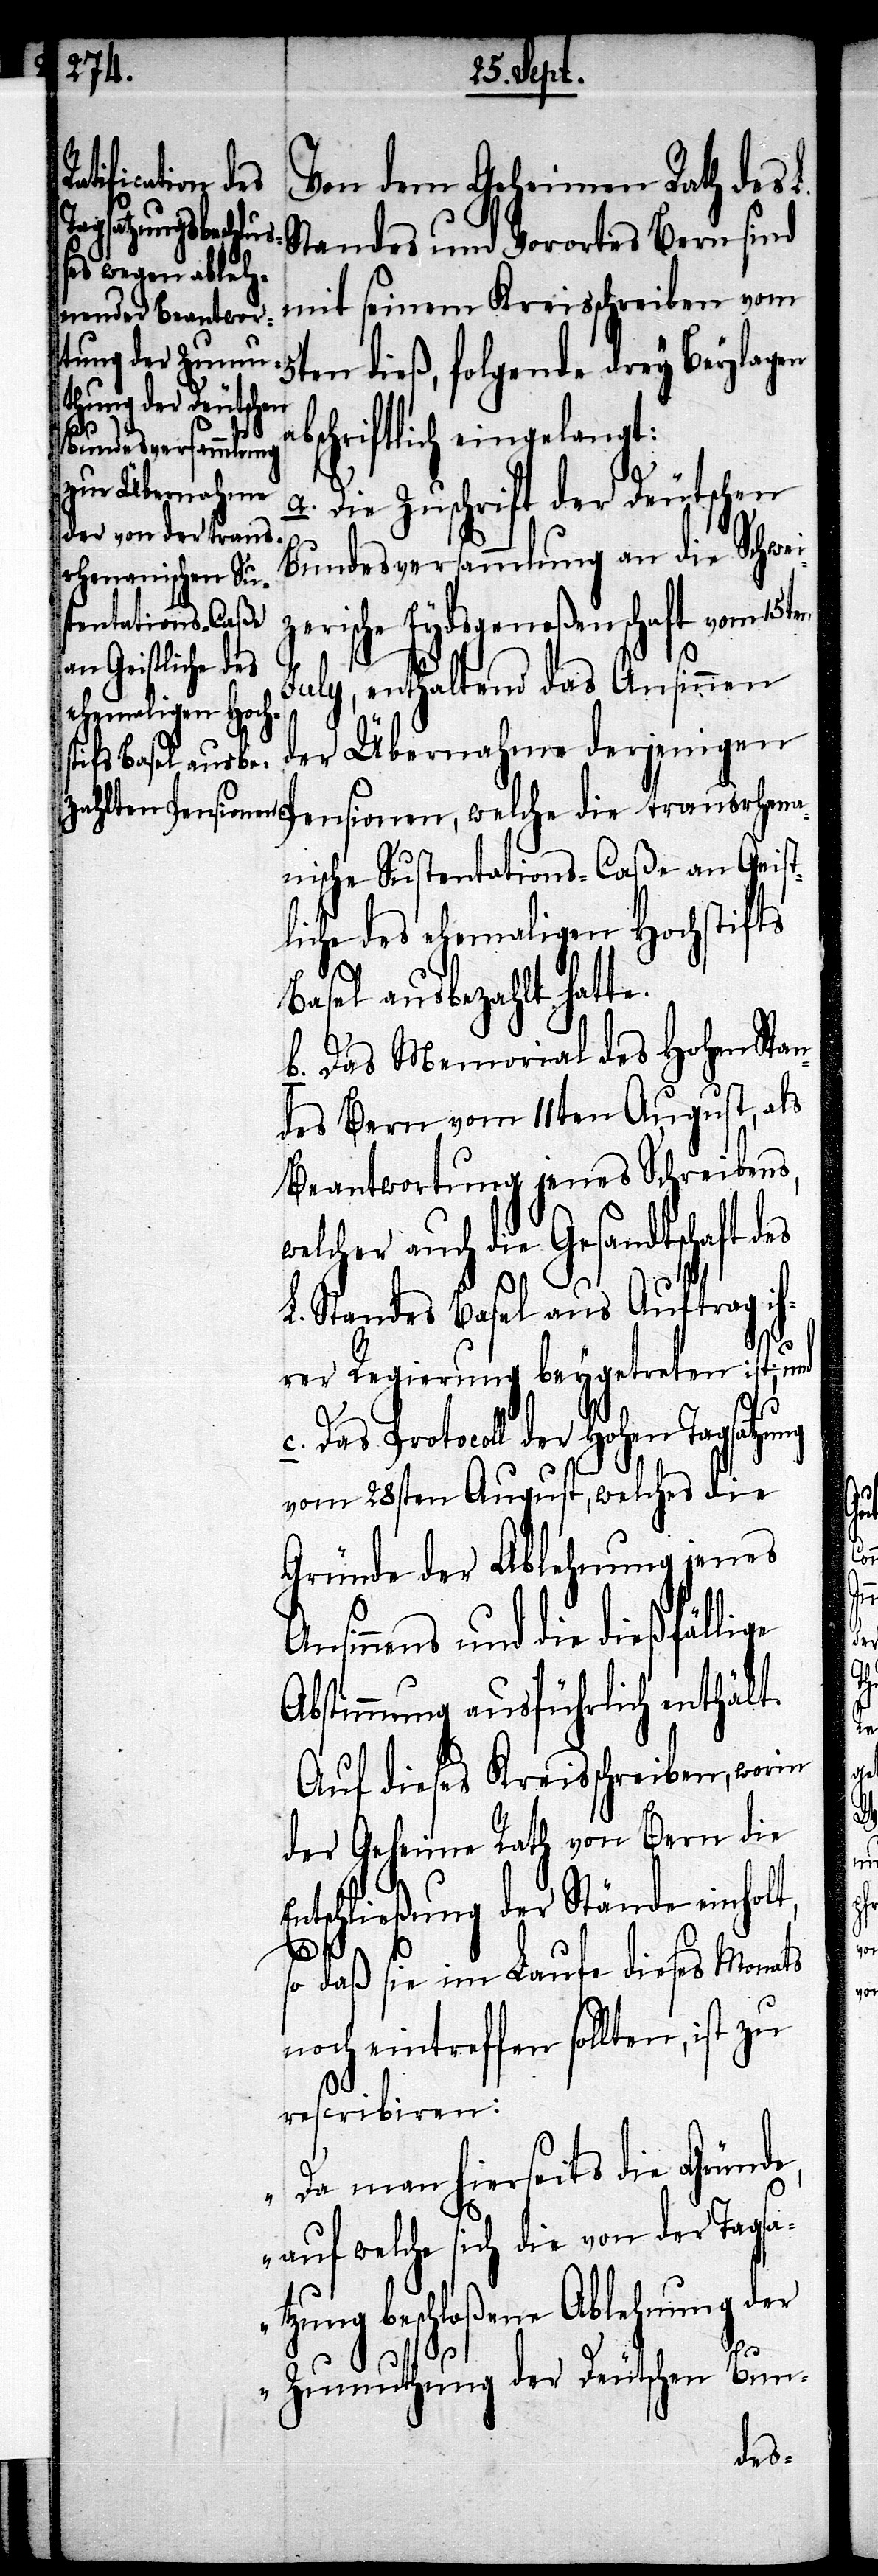
transrhena¬
Von dem Geheimen Rath des L.
Standes und Vorortes Bern sind
5ten dieß, folgende drey Beylagen
bschriftlich eingelangt:
a. Die Zuschrift der Deutschen
Bundesversammlung an die Schwei¬
zerische Eydsgenoßenschaft vom 15ten
t,
July, enthaltend das Ansinnen
der Übernahme derjenigen
nische Sustentations-Caße an Geist¬
liche des ehemaligen Hochstifts
Basel ausbezahlt hatte.
b. Das Memorial des Hohen Stan¬
des Bern vom 11ten August, als
Beantwortung jenes Schreibens,
welcher auch die Gesandtschaft des
L. Standes Basel aus Auftrag ih¬
rer Regierung beygetreten ist,
c. Das Protocoll der Hohen Tagsatzung
vom 28sten August, welches die
Gründe der Ablehnung jenes
sinnes und die dießfällige
Abstimmung ausführlich enthält.
Auf dieses Kreisschreiben, worin
der Geheime Rath von Bern die
ntschließung der Stände einhol¬
so daß sie im Laufe dieses Monats
noch eintreffen sollten, ist zu
rescribiren:
„Da man hierseits die Gründe,
auf welche sich die von der Tags¬
atzung beschloßene Ablehnung der
Zumuthung der Deutschen Bun-